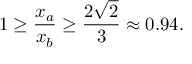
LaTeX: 1 \geq { \frac { x _ { a } } { x _ { b } } } \geq { \frac { 2 { \sqrt { 2 } } } { 3 } } \approx 0 . 9 4 .